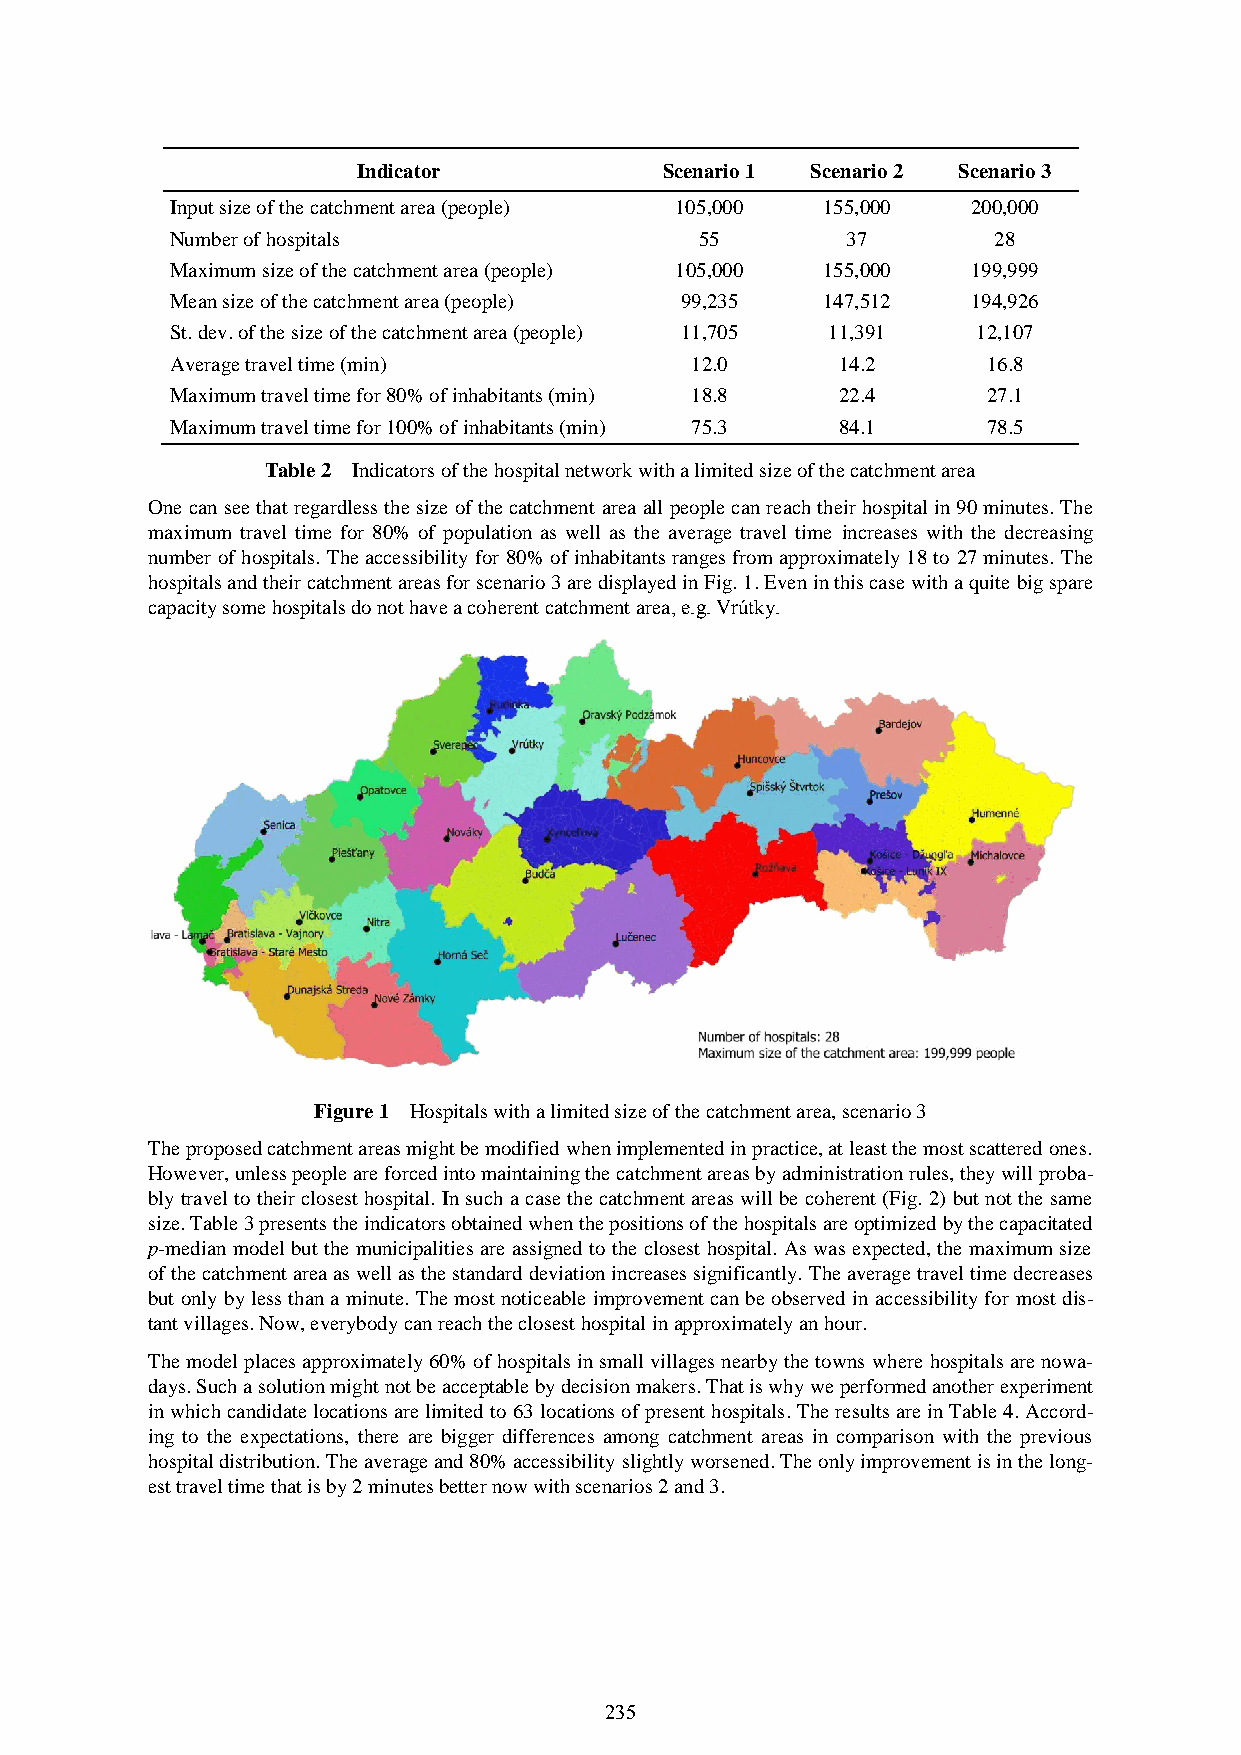
Indicator           Scenario 1 Scenario 2 Scenario 3
 Input size of the catchment area (people) 105,000 155,000 200,000
 Number of hospitals                55        37        28
 Maximum size of the catchment area (people) 105,000 155,000 199,999
 Mean size of the catchment area (people) 99,235 147,512 194,926
 St. dev. of the size of the catchment area (people) 11,705 11,391 12,107
 Average travel time (min)          12.0     14.2      16.8
 Maximum travel time for 80% of inhabitants (min) 18.8 22.4 27.1
 Maximum travel time for 100% of inhabitants (min) 75.3 84.1 78.5
 Table 2 Indicators of the hospital network with a limited size of the catchment area
 One can see that regardless the size of the catchment area all people can reach their hospital in 90 minutes. The
 maximum travel time for 80% of population as well as the average travel time increases with the decreasing
 number of hospitals. The accessibility for 80% of inhabitants ranges from approximately 18 to 27 minutes. The
 hospitals and their catchment areas for scenario 3 are displayed in Fig. 1. Even in this case with a quite big spare
 capacity some hospitals do not have a coherent catchment area, e.g. Vrútky.
 Figure 1 Hospitals with a limited size of the catchment area, scenario 3
 The proposed catchment areas might be modified when implemented in practice, at least the most scattered ones.
 However, unless people are forced into maintaining the catchment areas by administration rules, they will proba-
 bly travel to their closest hospital. In such a case the catchment areas will be coherent (Fig. 2) but not the same
 size. Table 3 presents the indicators obtained when the positions of the hospitals are optimized by the capacitated
 p-median model but the municipalities are assigned to the closest hospital. As was expected, the maximum size
 of the catchment area as well as the standard deviation increases significantly. The average travel time decreases
 but only by less than a minute. The most noticeable improvement can be observed in accessibility for most dis-
 tant villages. Now, everybody can reach the closest hospital in approximately an hour.
 The model places approximately 60% of hospitals in small villages nearby the towns where hospitals are nowa-
 days. Such a solution might not be acceptable by decision makers. That is why we performed another experiment
 in which candidate locations are limited to 63 locations of present hospitals. The results are in Table 4. Accord-
 ing to the expectations, there are bigger differences among catchment areas in comparison with the previous
 hospital distribution. The average and 80% accessibility slightly worsened. The only improvement is in the long-
 est travel time that is by 2 minutes better now with scenarios 2 and 3.
 235